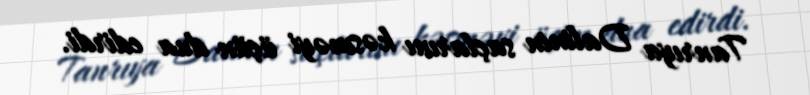
Tanrıya Dalinin saçlarını kəsməyi üçün dua edirdi.